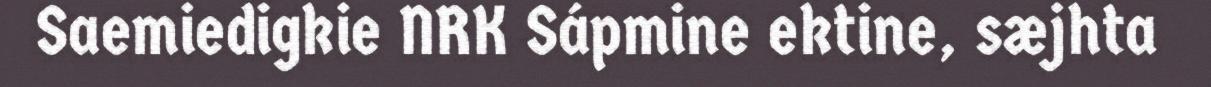
Saemiedigkie NRK Sápmine ektine, sæjhta